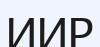
ИИР